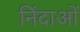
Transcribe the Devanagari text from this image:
निंदाओं